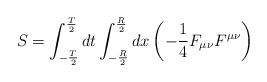
LaTeX: \begin{align*}S=\int_{-{T\over 2}}^{{T\over 2}} dt \int_{-{R\over 2}}^{{R\over 2}}dx \left( -{ 1 \over 4 }F_{\mu\nu}F^{\mu\nu}\right)\end{align*}